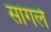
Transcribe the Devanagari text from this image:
सांगले